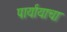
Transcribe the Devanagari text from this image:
पार्यायाचा